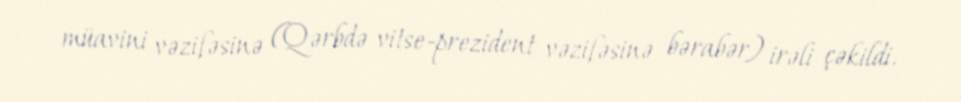
müavini vəzifəsinə (Qərbdə vitse-prezident vəzifəsinə bərabər) irəli çəkildi.